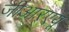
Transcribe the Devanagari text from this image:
जीआरएयू